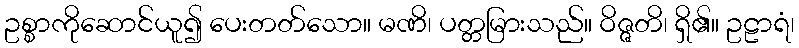
ဥစ္စာကိုဆောင်ယူ၍ ပေးတတ်သော။ မဏိ၊ ပတ္တမြားသည်။ ဝိဇ္ဇတိ၊ ရှိ၏။ ဥဠာရံ၊